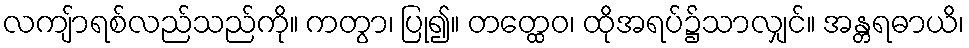
လကျ်ာရစ်လည်သည်ကို။ ကတွာ၊ ပြု၍။ တတ္ထေဝ၊ ထိုအရပ်၌သာလျှင်။ အန္တရဓာယိ၊